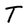
Character: T